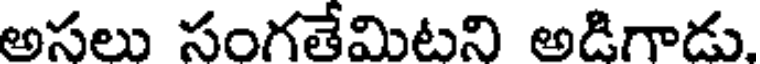
అసలు సంగతేమిటని అడిగాడు.